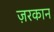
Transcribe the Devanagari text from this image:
ज़रकान